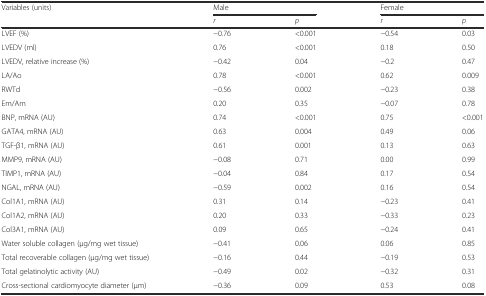
<table><thead><tr><td rowspan="2"><b>Variables (units)</b></td><td colspan="2"><b>Male</b></td><td colspan="2"><b>Female</b></td></tr><tr><td><b><i>r</i></b></td><td><b><i>p</i></b></td><td><b><i>r</i></b></td><td><b><i>p</i></b></td></tr></thead><tbody><tr><td>LVEF (%)</td><td>−0.76</td><td>&lt;0.001</td><td>−0.54</td><td>0.03</td></tr><tr><td>LVEDV (ml)</td><td>0.76</td><td>&lt;0.001</td><td>0.18</td><td>0.50</td></tr><tr><td>LVEDV, relative increase (%)</td><td>−0.42</td><td>0.04</td><td>−0.2</td><td>0.47</td></tr><tr><td>LA/Ao</td><td>0.78</td><td>&lt;0.001</td><td>0.62</td><td>0.009</td></tr><tr><td>RWTd</td><td>−0.56</td><td>0.002</td><td>−0.23</td><td>0.38</td></tr><tr><td>Em/Am</td><td>0.20</td><td>0.35</td><td>−0.07</td><td>0.78</td></tr><tr><td>BNP, mRNA (AU)</td><td>0.74</td><td>&lt;0.001</td><td>0.75</td><td>&lt;0.001</td></tr><tr><td>GATA4, mRNA (AU)</td><td>0.63</td><td>0.004</td><td>0.49</td><td>0.06</td></tr><tr><td>TGF-β1, mRNA (AU)</td><td>0.61</td><td>0.001</td><td>0.13</td><td>0.63</td></tr><tr><td>MMP9, mRNA (AU)</td><td>−0.08</td><td>0.71</td><td>0.00</td><td>0.99</td></tr><tr><td>TIMP1, mRNA (AU)</td><td>−0.04</td><td>0.84</td><td>0.17</td><td>0.54</td></tr><tr><td>NGAL, mRNA (AU)</td><td>−0.59</td><td>0.002</td><td>0.16</td><td>0.54</td></tr><tr><td>Col1A1, mRNA (AU)</td><td>0.31</td><td>0.14</td><td>−0.23</td><td>0.41</td></tr><tr><td>Col1A2, mRNA (AU)</td><td>0.20</td><td>0.33</td><td>−0.33</td><td>0.23</td></tr><tr><td>Col3A1, mRNA (AU)</td><td>0.09</td><td>0.65</td><td>−0.24</td><td>0.41</td></tr><tr><td>Water soluble collagen (μg/mg wet tissue)</td><td>−0.41</td><td>0.06</td><td>0.06</td><td>0.85</td></tr><tr><td>Total recoverable collagen (μg/mg wet tissue)</td><td>−0.16</td><td>0.44</td><td>−0.19</td><td>0.53</td></tr><tr><td>Total gelatinolytic activity (AU)</td><td>−0.49</td><td>0.02</td><td>−0.32</td><td>0.31</td></tr><tr><td>Cross-sectional cardiomyocyte diameter (μm)</td><td>−0.36</td><td>0.09</td><td>0.53</td><td>0.08</td></tr></tbody></table>